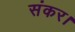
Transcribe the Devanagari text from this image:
संकर।